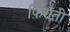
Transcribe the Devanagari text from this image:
फ़िरौती